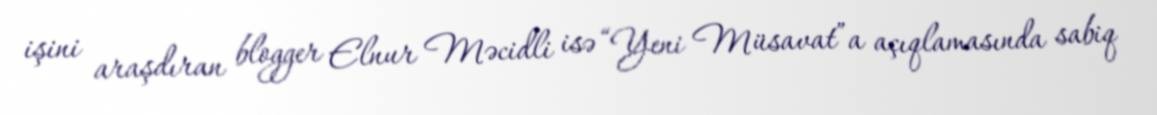
işini araşdıran blogger Elnur Məcidli isə “Yeni Müsavat”a açıqlamasında sabiq